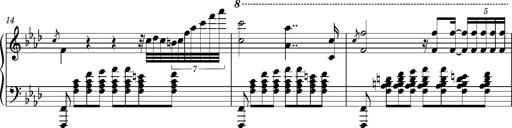
Title: Introduction des Variations sur une marche du SiÃ¨ge de Corinthe, S.421a
Composer: Franz Liszt
Key: F minor